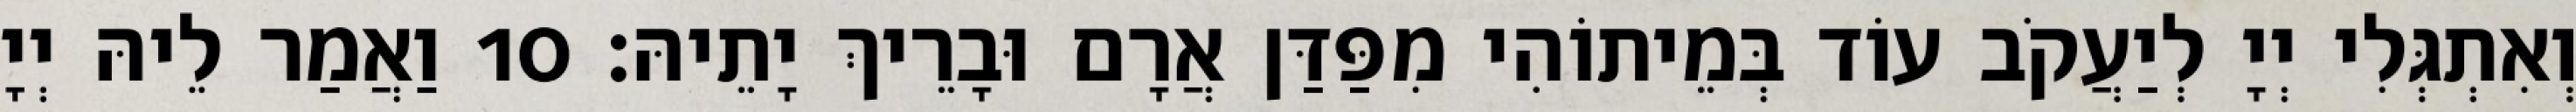
וְאִתְגְּלִי יְיָ לְיַעֲקֹב עוֹד בְּמֵיתוֹהִי מִפַּדַּן אֲרָם וּבָרֵיךְ יָתֵיהּ׃ 10 וַאֲמַר לֵיהּ יְיָ